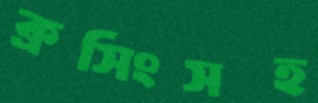
ক্রসিংসহ